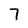
Character: 7